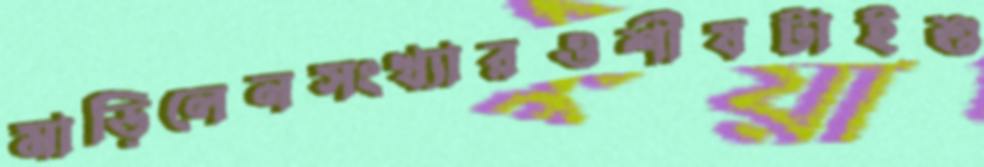
মাড়িলেনসংখ্যারওশীষটাইশু